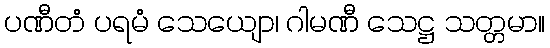
ပဏီတံ ပရမံ သေယျော၊ ဂါမဏီ သေဋ္ဌ သတ္တမာ။